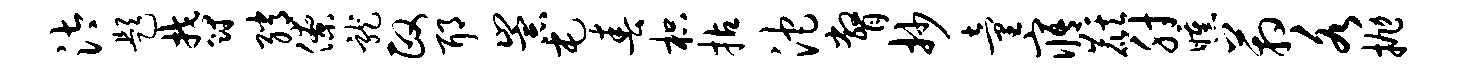
汰题郁绡僚龙政耶崇屯春枳拈沱瞥抄童寤麒肘曛箱各抛